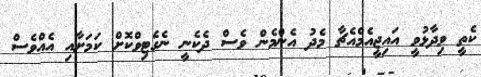
ކެތީ ވިދާޅުވީ އައިޖީއެމްއެޗާ މެދު އެންމެން ވެސް ދެކެނީ ނެގެޓިވްކޮށް ކަމަށާއި އެއްވެސް